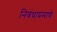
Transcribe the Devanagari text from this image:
निबंधाप्रमाणे